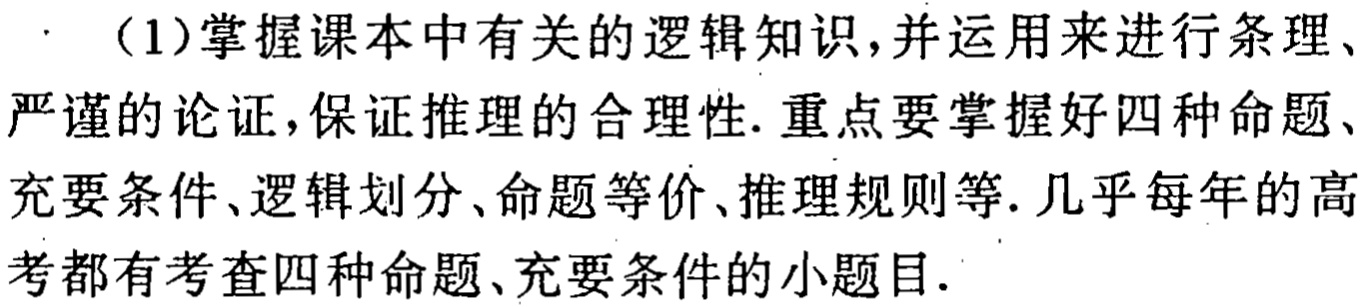
（1）掌握课本中有关的逻辑知识，并运用来进行条理、严谨的论证，保证推理的合理性. 重点要掌握好四种命题、充要条件、逻辑划分、命题等价、推理规则等. 几乎每年的高考都有考查四种命题、充要条件的小题目.